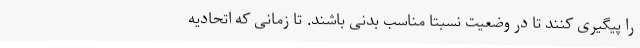
را پیگیری کنند تا در وضعیت نسبتا مناسب بدنی باشند. تا زمانی که اتحادیه